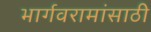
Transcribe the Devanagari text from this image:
भार्गवरामांसाठी